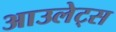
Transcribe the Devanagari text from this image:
आउलेट्स